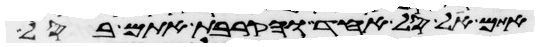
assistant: אתם על סל אחד והקרבת אתם בסל